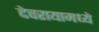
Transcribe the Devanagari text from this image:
देवरायामध्ये